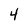
Character: 4